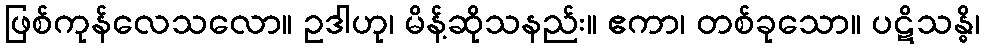
ဖြစ်ကုန်လေသလော။ ဥဒါဟု၊ မိန့်ဆိုသနည်း။ ဧကာ၊ တစ်ခုသော။ ပဋိသန္ဓိ၊